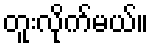
တူးလိုက်မယ်။